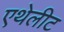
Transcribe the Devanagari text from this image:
एथेलीट